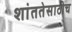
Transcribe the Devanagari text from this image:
शांततेसाठीच